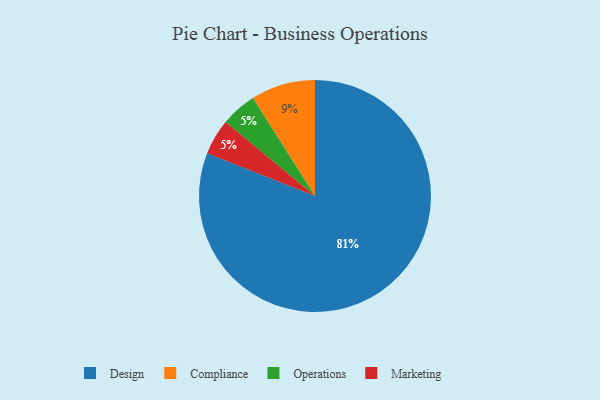
{"axis": {"x": "Category", "y": "Percentage"}, "legend": ["Compliance", "Design", "Marketing", "Operations"], "data": [{"x": "Design", "y": 81, "type": "Design"}, {"x": "Compliance", "y": 9, "type": "Compliance"}, {"x": "Operations", "y": 5, "type": "Operations"}, {"x": "Marketing", "y": 5, "type": "Marketing"}]}